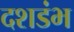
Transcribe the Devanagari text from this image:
दशडंभ